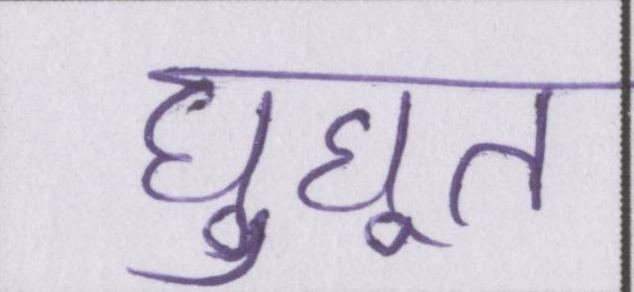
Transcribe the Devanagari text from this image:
घुघूत